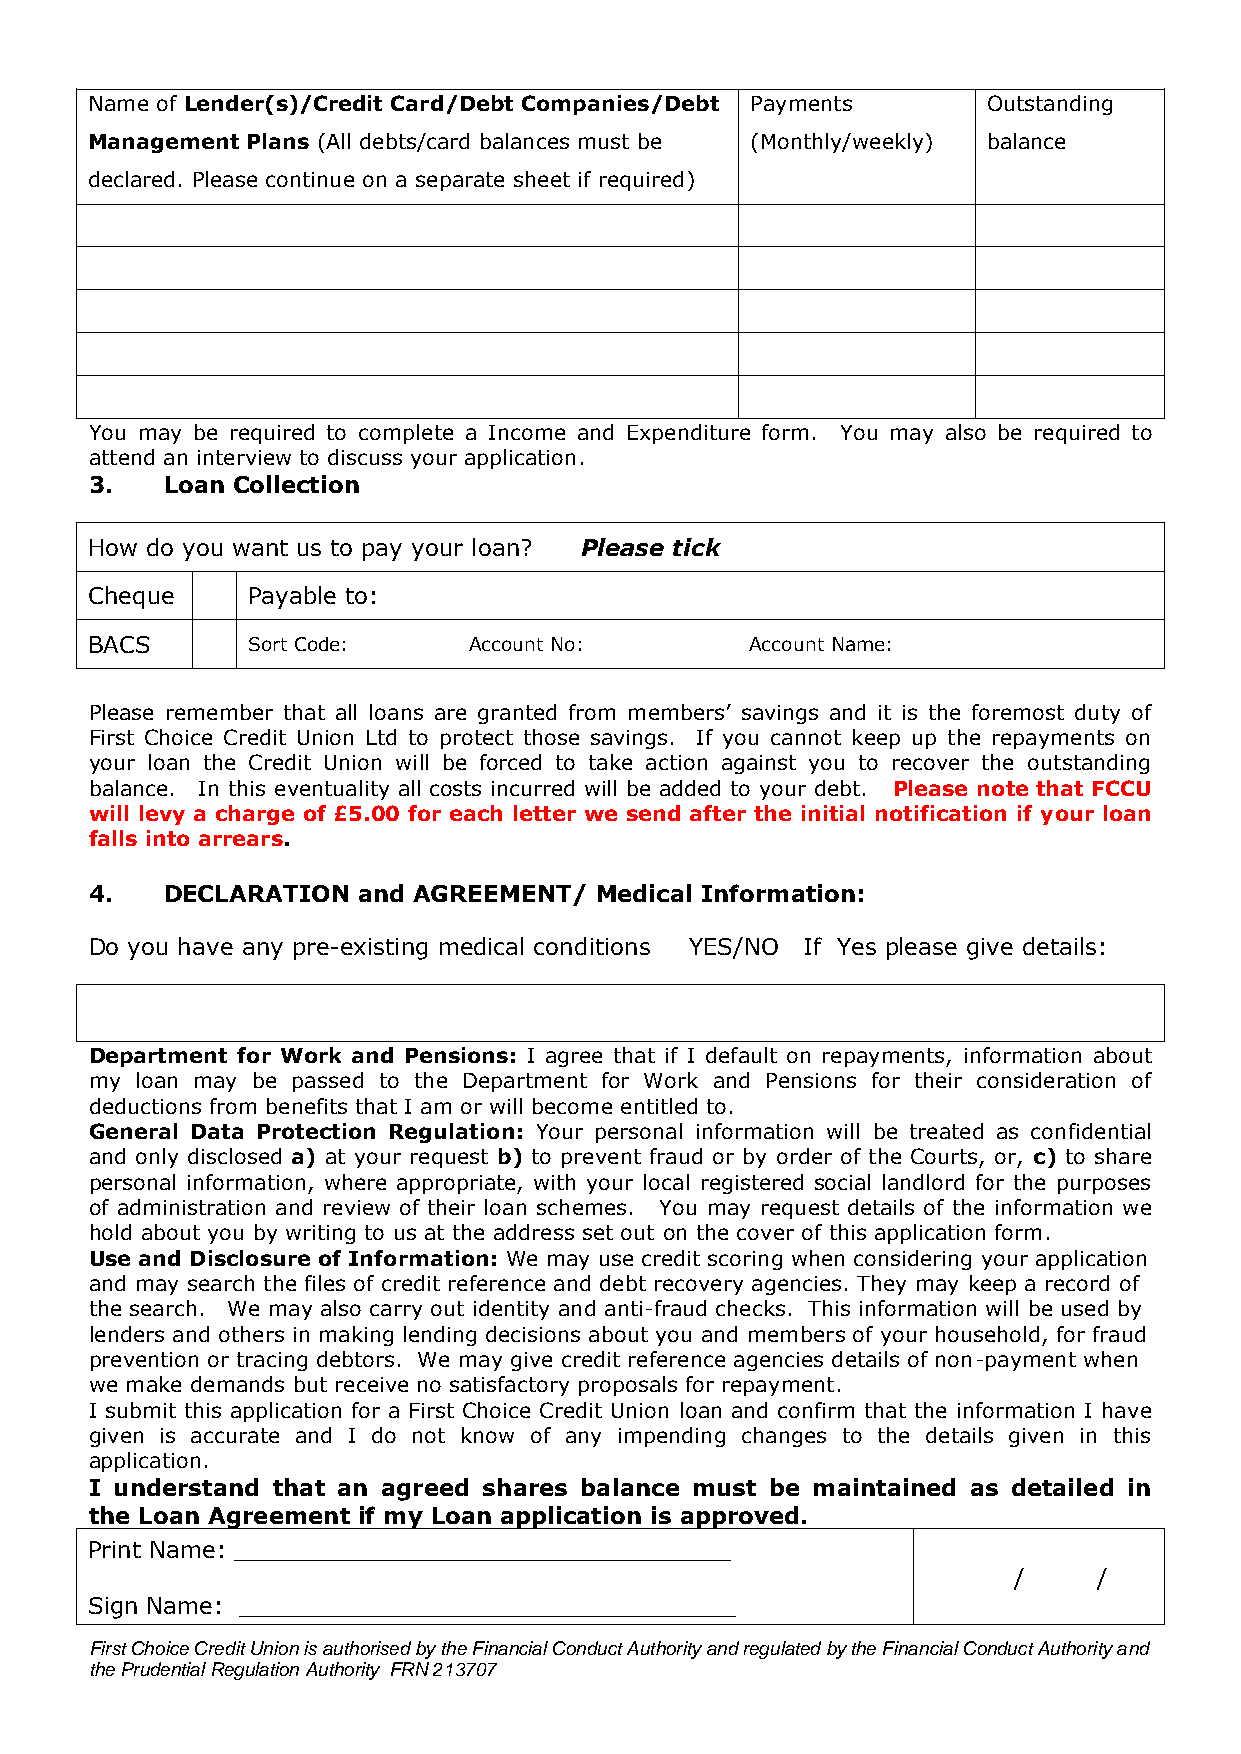
Name of Lender(s)/Credit Card/Debt Companies/Debt Payments Outstanding
 Management Plans (All debts/card balances must be (Monthly/weekly) balance
 declared. Please continue on a separate sheet if required)
 You may be required to complete a Income and Expenditure form. You may also be required to
 attend an interview to discuss your application.
 3.   Loan Collection
 How do you want us to pay your loan? Please tick
 Cheque    Payable to:
 BACS      Sort Code:     Account No:        Account Name:
 Please remember that all loans are granted from members’ savings and it is the foremost duty of
 First Choice Credit Union Ltd to protect those savings. If you cannot keep up the repayments on
 your loan the Credit Union will be forced to take action against you to recover the outstanding
 balance. In this eventuality all costs incurred will be added to your debt. Please note that FCCU
 will levy a charge of £5.00 for each letter we send after the initial notification if your loan
 falls into arrears.
 4.   DECLARATION  and AGREEMENT/ Medical Information:
 Do you have any pre-existing medical conditions YES/NO If Yes please give details:
 Department for Work and Pensions: I agree that if I default on repayments, information about
 my loan may be passed to the Department for Work and Pensions for their consideration of
 deductions from benefits that I am or will become entitled to.
 General Data Protection Regulation: Your personal information will be treated as confidential
 and only disclosed a) at your request b) to prevent fraud or by order of the Courts, or, c) to share
 personal information, where appropriate, with your local registered social landlord for the purposes
 of administration and review of their loan schemes. You may request details of the information we
 hold about you by writing to us at the address set out on the cover of this application form.
 Use and Disclosure of Information: We may use credit scoring when considering your application
 and may search the files of credit reference and debt recovery agencies. They may keep a record of
 the search. We may also carry out identity and anti-fraud checks. This information will be used by
 lenders and others in making lending decisions about you and members of your household, for fraud
 prevention or tracing debtors. We may give credit reference agencies details of non-payment when
 we make demands but receive no satisfactory proposals for repayment.
 I submit this application for a First Choice Credit Union loan and confirm that the information I have
 given is accurate and I do not know of any impending changes to the details given in this
 application.
 I understand that an agreed shares balance must be maintained as detailed in
 the Loan Agreement if my Loan application is approved.
 Print Name: __________________________________
 /     /
 Sign Name: __________________________________
 First Choice Credit Union is authorised by the Financial Conduct Authority and regulated by the Financial Conduct Authority and
 the Prudential Regulation Authority FRN 213707